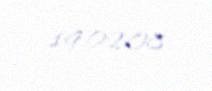
19.02.08